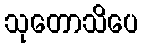
သုတောသိပေ